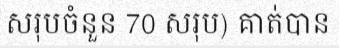
សរុបចំនួន 70 សរុប) គាត់បាន